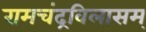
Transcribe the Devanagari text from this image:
रामचंद्रविलासम्